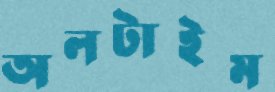
অলটাইম